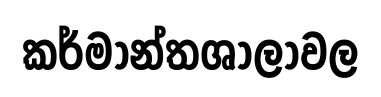
කර්මාන්තශාලාවල